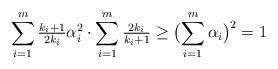
LaTeX: \begin{align*}\sum_{i=1}^m \tfrac{k_i+1}{2k_i}\alpha_i^2 \cdot \sum_{i=1}^m \tfrac{2k_i}{k_i+1}\ge \bigl(\sum_{i=1}^m\alpha_i\bigr)^2=1\end{align*}